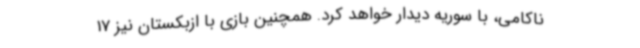
ناکامی، با سوریه دیدار خواهد کرد. همچنین بازی با ازبکستان نیز 17